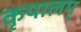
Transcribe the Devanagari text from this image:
कृपालम्